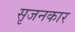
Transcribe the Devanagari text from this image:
सृजनकार